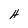
Character: H